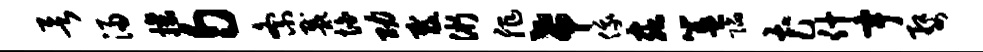
欲浸攘匀紊戴怕功裁浙非希俄虫簋陷花什宇婺